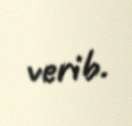
verib.